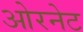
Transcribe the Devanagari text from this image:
ओरनेट